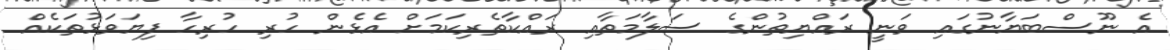
އެ ނޫސްބަޔާނުގައި ވަނީ ރައްޔިތުންގެ ސަލާމަތާއި ރައްކާތެރިކަމަށް އެޅެން ހުރި ހުރިހާ ފިޔަވަޅުތަކެއް